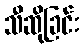
သီဆိုခြင်း